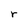
Character: r